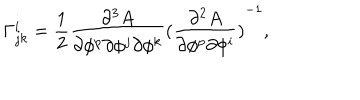
\Gamma _ { j k } ^ { i } = \frac { 1 } { 2 } \frac { \partial ^ { 3 } A } { \partial \phi ^ { p } \partial \phi ^ { j } \partial \phi ^ { k } } { ( \frac { \partial ^ { 2 } A } { \partial \phi ^ { p } \partial \phi ^ { i } } ) } ^ { - 1 } ,